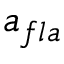
a _ { f l a }